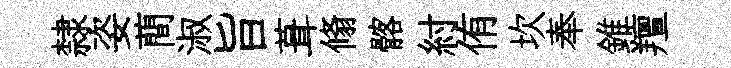
隸姿蕳淑旨葺翛髂紂侑坎奉錐羶